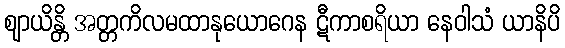
ဈာယိန္တိ အတ္တကိလမထာနုယောဂေန ဋီကာစရိယာ နေဝါသံ ယာနိပိ